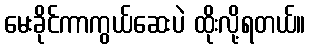
မေးခိုင်ကာကွယ်ဆေးပဲ ထိုးလို့ရတယ်။